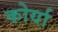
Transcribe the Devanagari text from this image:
कोर्या